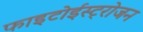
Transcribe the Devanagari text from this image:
फाइटोईस्ट्रोजन